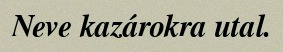
Neve kazárokra utal.